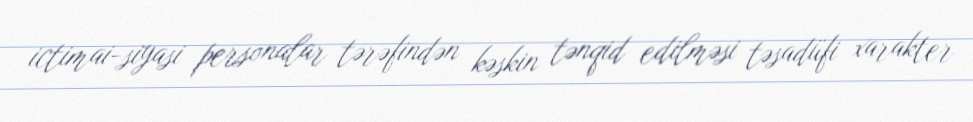
ictimai-siyasi personalar tərəfindən kəskin tənqid edilməsi təsadüfi xarakter